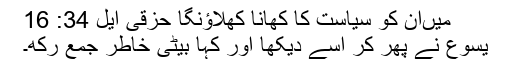
میںان کو سیاست کا کھانا کھلاﺅنگا حزقی ایل 34: 16
یِسُوع نے پھِر کر اُسے دیکھا اور کہا بیٹی خاطر جمع رکھ۔